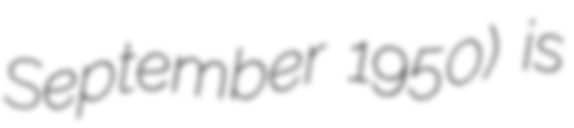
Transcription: September 1950) is